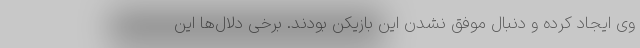
وی ایجاد کرده و دنبال موفق نشدن این بازیکن بودند. برخی دلال‌ها این